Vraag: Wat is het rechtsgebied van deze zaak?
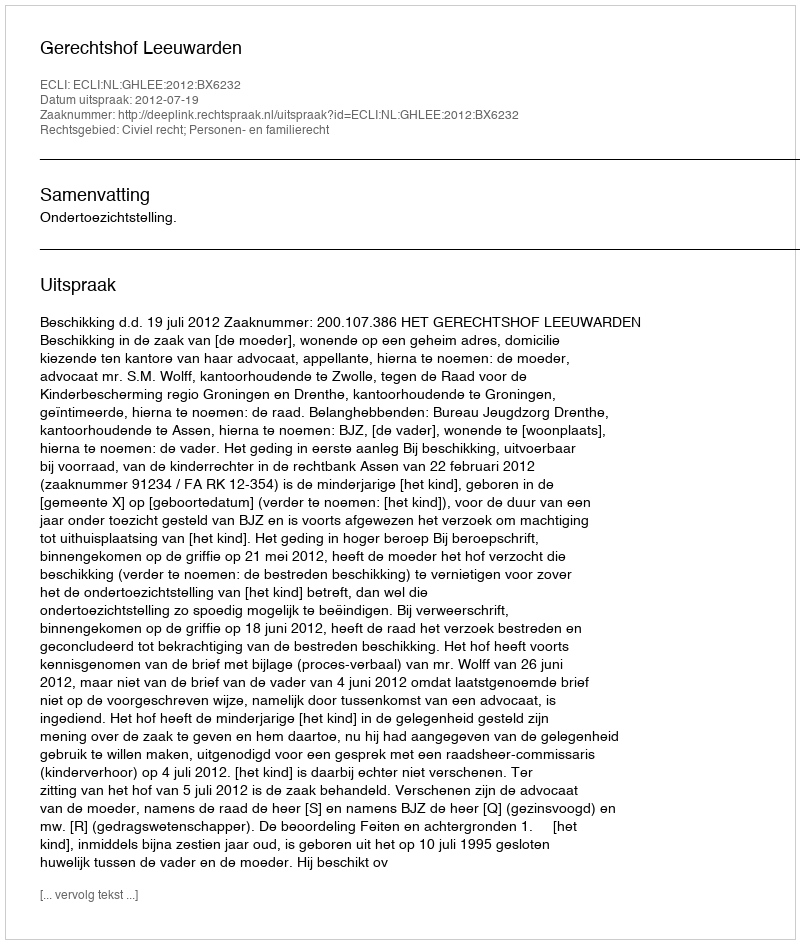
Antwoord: Civiel recht; Personen- en familierecht